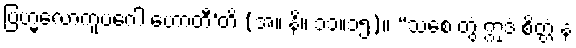
ဗြဟ္မလောကူပဂေါ ဟောတီ’တိ (အ။ နိ။ ၁၁။၁၅)။ “သစေ တွံ ဣဒံ စိတ္တံ န